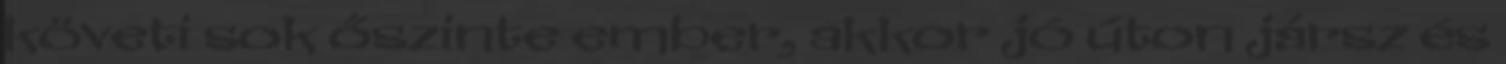
követi sok őszinte ember, akkor jó úton jársz és